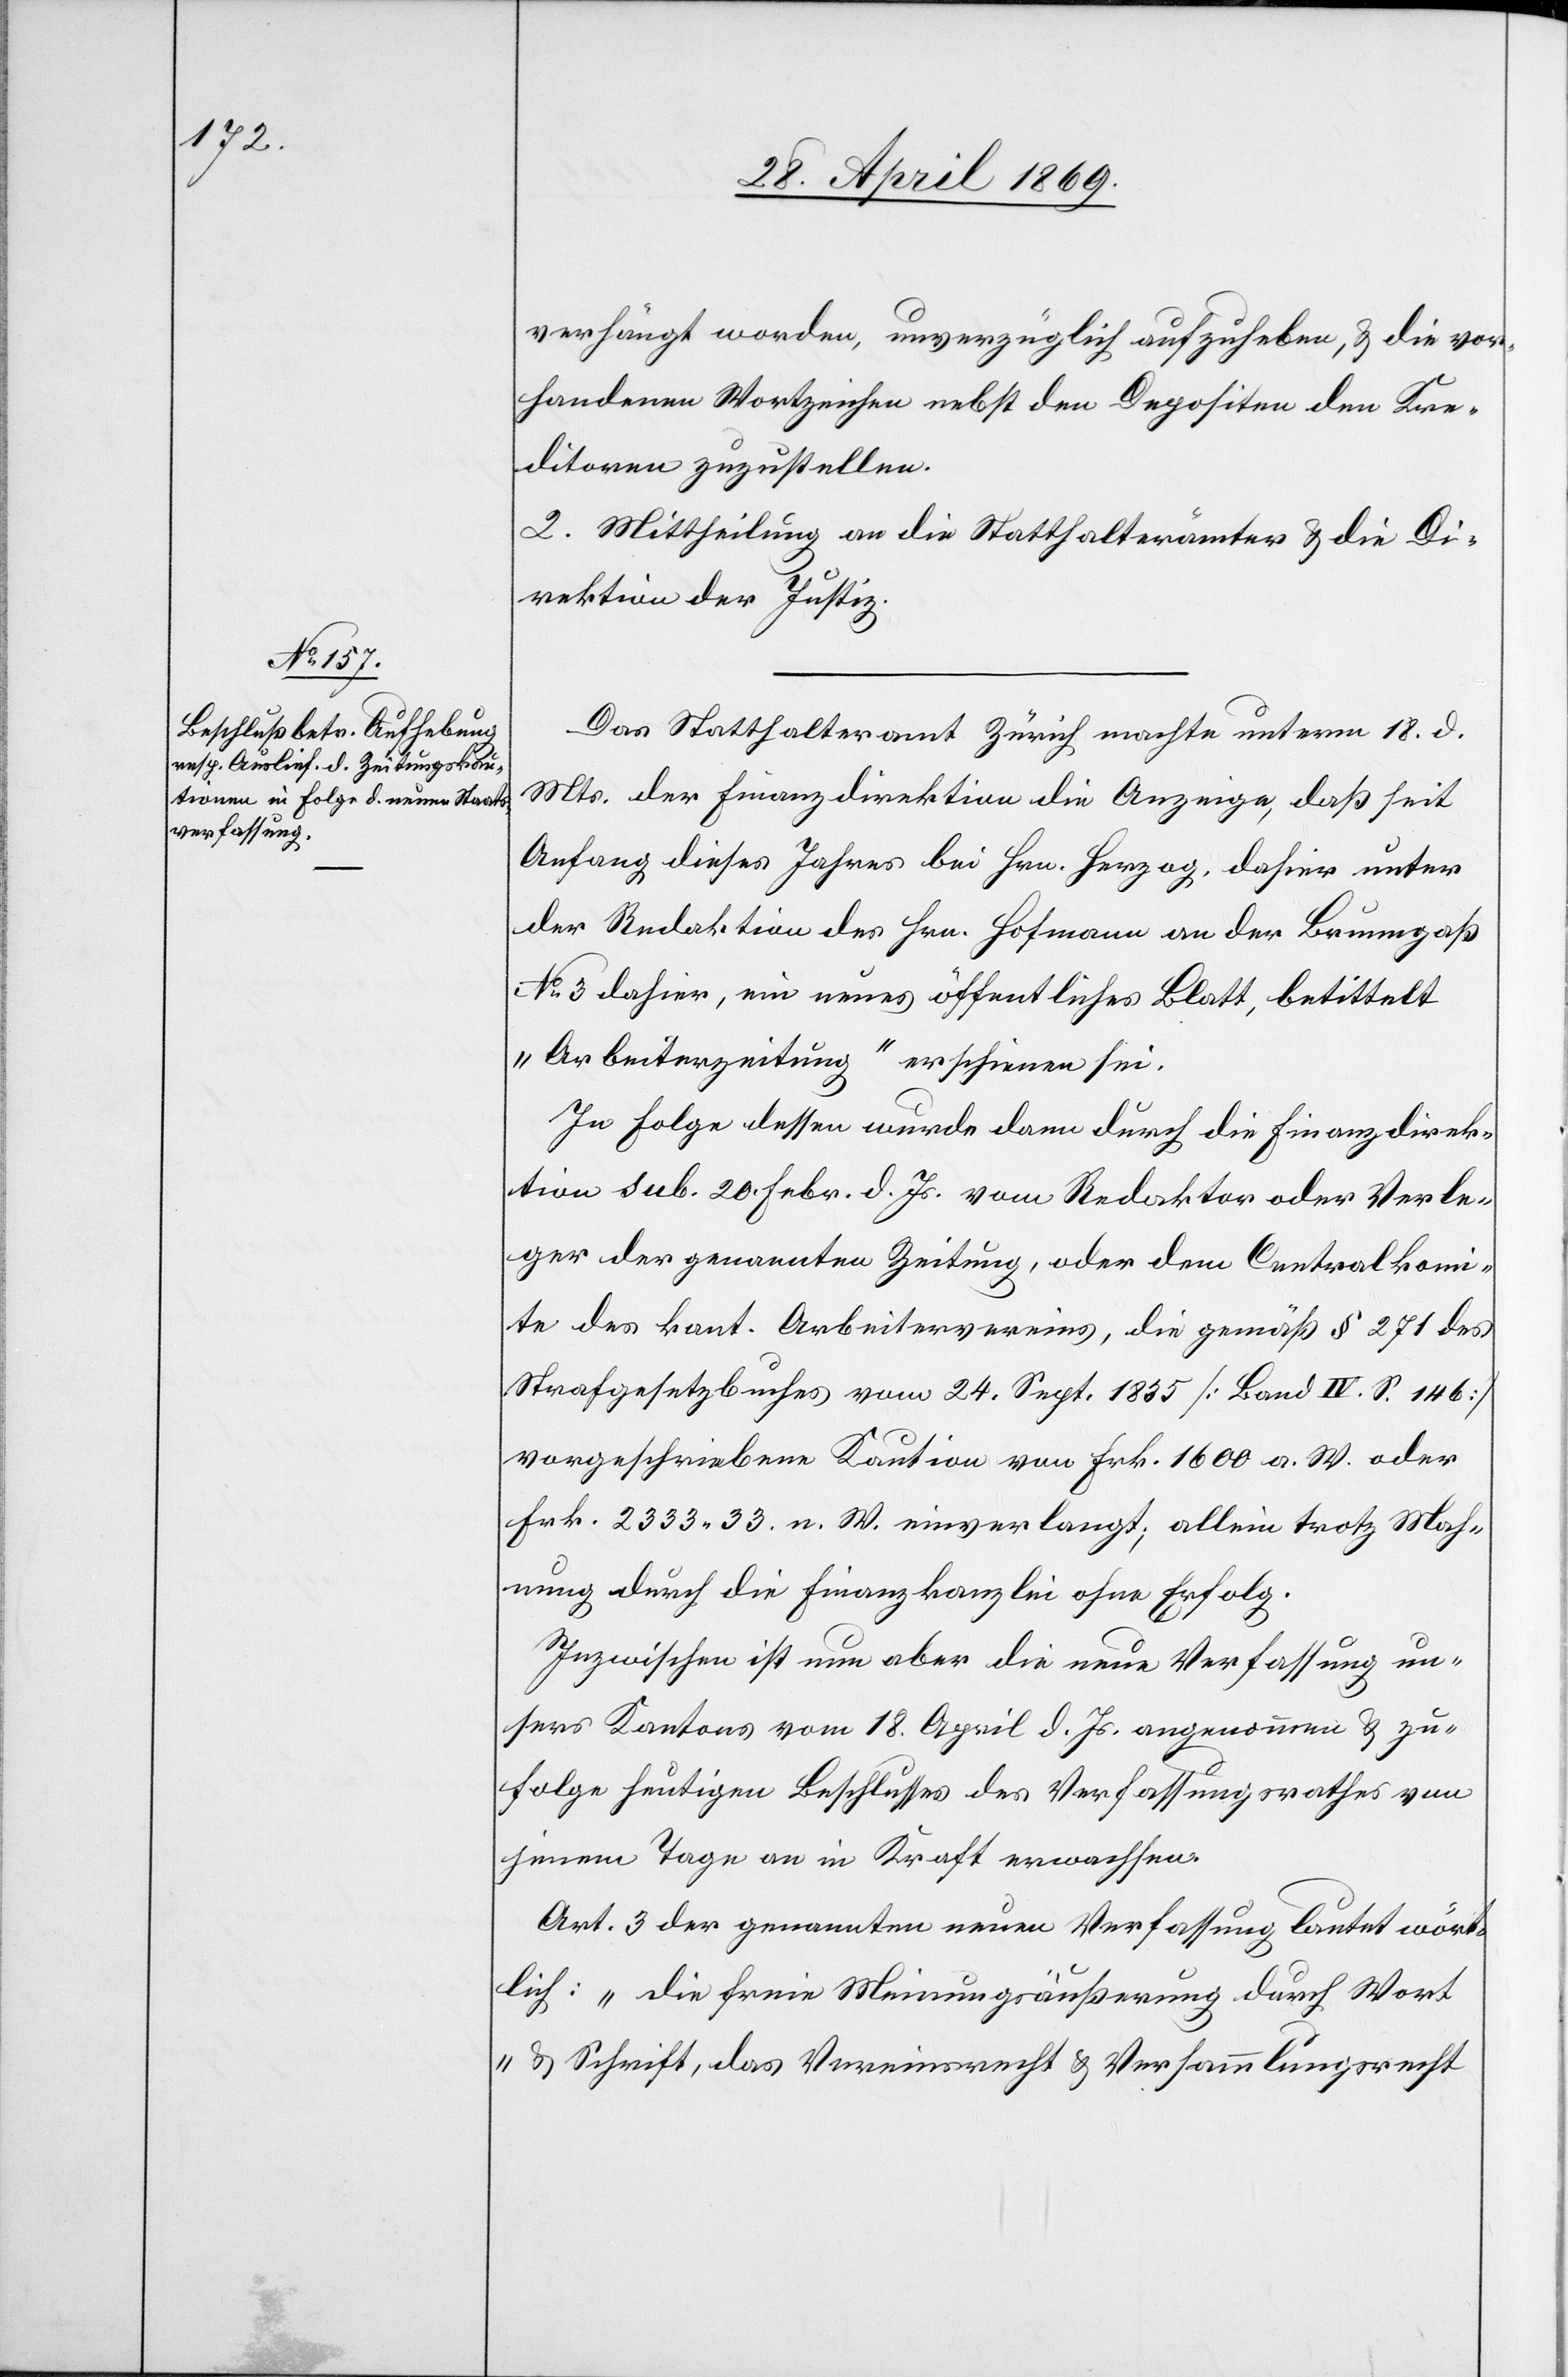
verhängt worden, unverzüglich aufzuheben, u. die vor¬
handenen Wortzeichen nebst den Depositen den Kre¬
ditoren zuzustellen.
2. Mittheilung an die Statthalterämter u. die Di¬
rektion der Justiz.
Das Statthalteramt Zürich machte unterm 18. d.
Mts. der Finanzdirektion die Anzeige, daß seit
Anfang dieses Jahres bei Hrn. Herzog, dahier unter
der Redaktion des Hrn. Hofmann an der Brunngaß
N° 3 dahier, ein neues öffentliches Blatt, betittelt
„Arbeiterzeitung“ erschienen sei.
In Folge dessen wurde dann durch die Finanzdirek¬
tion sub. 20. Febr. d. Js. vom Redaktor oder Verle¬
ger der genannten Zeitung, oder dem Centralkomi¬
te des kant. Arbeitervereins, die gemäß § 271 des
Strafgesetzbuches vom 24. Sept. 1835 [Band IV. S. 146]
vorgeschriebene Kaution von Frk. 1600 a. W. oder
Frk. 2333.33 n. W. einverlangt; allein trotz Mah¬
nung durch die Finanzkanzlei ohne Erfolg.
Inzwischen ist nun aber die neue Verfassung un¬
sers Kantons vom 18. April d. Js. angenommen u. zu¬
folge heutigen Beschlusses des Verfassungsrathes von
jenem Tage an in Kraft erwachsen.
Art. 3 der genannten neuen Verfassung lautet wört¬
lich: „Die freie Meinungsäußerung durch Wor¬
t u. Schrift, das Vereinsrecht u. Versammlungsrecht